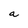
Character: a